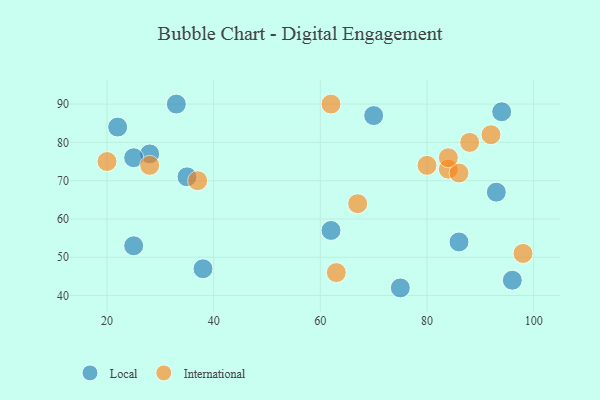
{"axis": {"x": "GDP", "y": "Life Expectancy"}, "legend": ["International", "Local"], "data": [{"x": "86", "y": 54, "type": "Local"}, {"x": "93", "y": 67, "type": "Local"}, {"x": "75", "y": 42, "type": "Local"}, {"x": "28", "y": 77, "type": "Local"}, {"x": "22", "y": 84, "type": "Local"}, {"x": "94", "y": 88, "type": "Local"}, {"x": "62", "y": 57, "type": "Local"}, {"x": "33", "y": 90, "type": "Local"}, {"x": "70", "y": 87, "type": "Local"}, {"x": "25", "y": 53, "type": "Local"}, {"x": "25", "y": 76, "type": "Local"}, {"x": "96", "y": 44, "type": "Local"}, {"x": "35", "y": 71, "type": "Local"}, {"x": "38", "y": 47, "type": "Local"}, {"x": "92", "y": 82, "type": "International"}, {"x": "20", "y": 75, "type": "International"}, {"x": "62", "y": 90, "type": "International"}, {"x": "63", "y": 46, "type": "International"}, {"x": "88", "y": 80, "type": "International"}, {"x": "80", "y": 74, "type": "International"}, {"x": "67", "y": 64, "type": "International"}, {"x": "84", "y": 73, "type": "International"}, {"x": "86", "y": 72, "type": "International"}, {"x": "28", "y": 74, "type": "International"}, {"x": "98", "y": 51, "type": "International"}, {"x": "84", "y": 76, "type": "International"}, {"x": "37", "y": 70, "type": "International"}]}